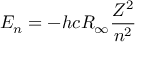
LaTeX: E _ { n } = - h c R _ { \infty } { \frac { Z ^ { 2 } } { n ^ { 2 } } }